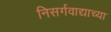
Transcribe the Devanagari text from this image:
निसर्गवाद्याच्या